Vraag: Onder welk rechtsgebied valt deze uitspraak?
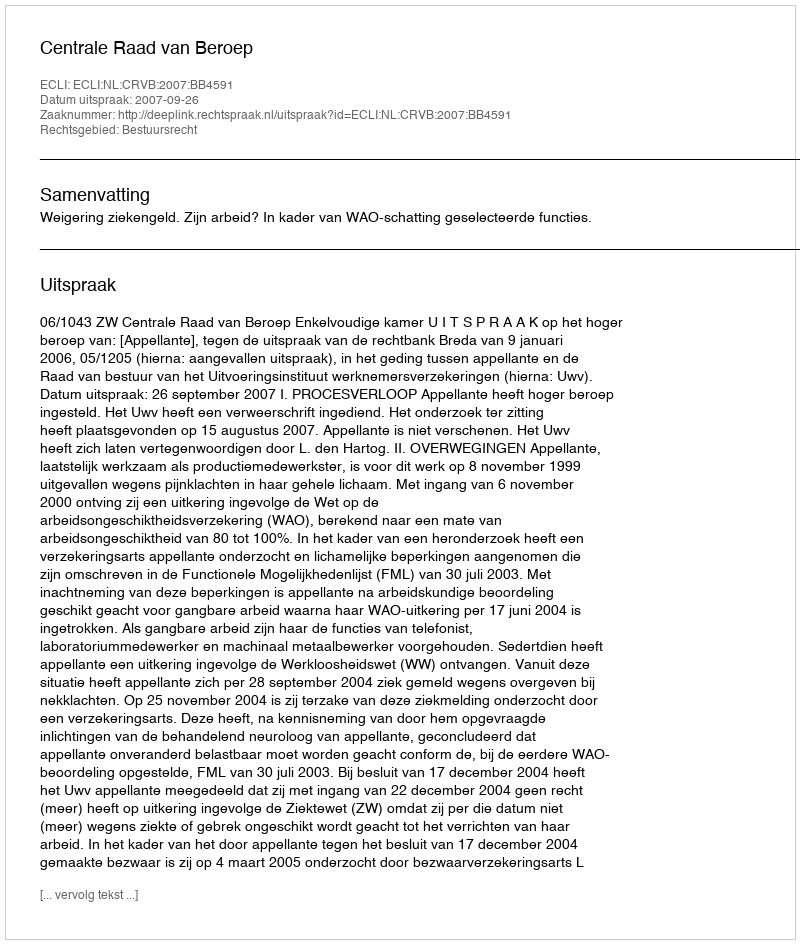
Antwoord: Bestuursrecht